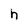
Character: h